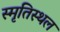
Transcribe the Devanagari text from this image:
स्मृतिस्थल